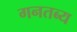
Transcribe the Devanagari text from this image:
गनतब्य